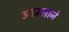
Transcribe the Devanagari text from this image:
आम्लाने